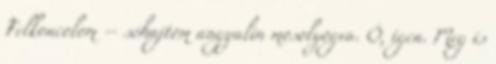
Felkoncolom – sóhajtom angyalin mosolyogva. Ó, igen. Meg is